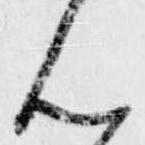
ん